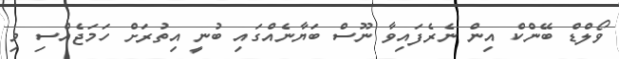
ވޯލްޑް ބޭންކް އިން ނެރެފައިވާ ނޫސް ބަޔާނެއްގައި ބުނީ އިތުރަށް ހަމަޖެއްސި މި